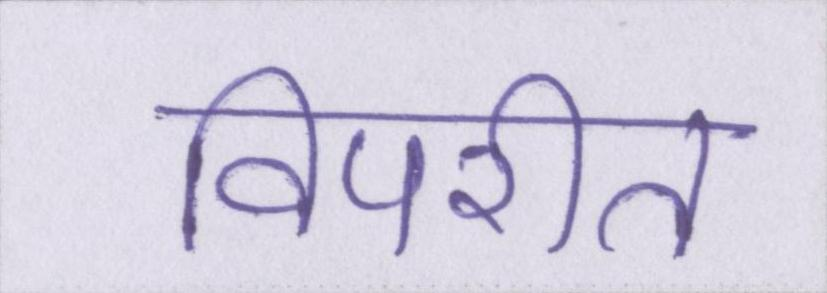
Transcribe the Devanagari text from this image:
विपरीत